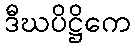
ဒီဃပိဋ္ဌိကေ